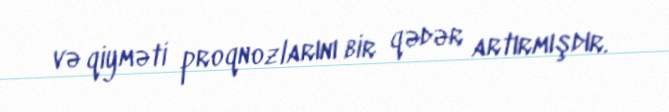
və qiyməti proqnozlarını bir qədər artırmışdır.